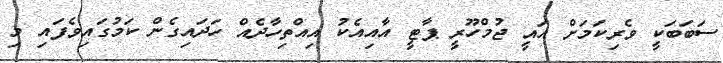
ސަބަބަކީ ވެރިކަމަށް އައީ ޖުމްހޫރީ ޕާޓީ އާއިއެކު އިއްތިހާދެއް ހަދައިގެން ކަމުގައިވެފައި މި